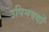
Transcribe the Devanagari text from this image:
उपिनषदों